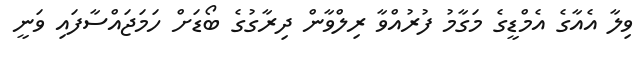
ވިލާ އެއާގެ އެމްޑީގެ މަގާމު ފުރުއްވާ ރިލްވާން ދިރާގުގެ ބޯޑަށް ހަމަޖައްސާފައި ވަނީ